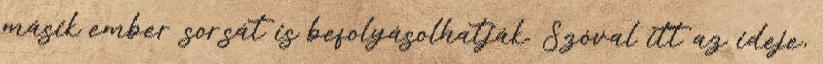
másik ember sorsát is befolyásolhatják. Szóval itt az ideje,